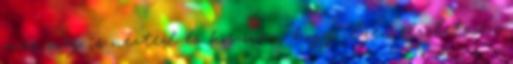
már meg is nézted és köszönöm, hogy ilyen részletesen